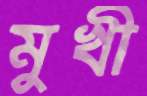
মুখী